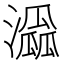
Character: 𤂜